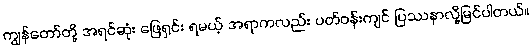
ကျွန်တော်တို့ အရင်ဆုံး ဖြေရှင်း ရမယ့် အရာကလည်း ပတ်ဝန်းကျင် ပြဿနာလို့မြင်ပါတယ်။